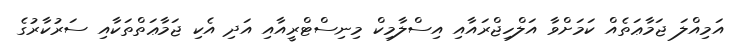
އަމިއްލަ ޖަމާޢަތެއް ކަމަށްވާ އަލްހިޖްރައާއި އިސްލާމިކް މިނިސްޓްރީއާއި އަދި އެކި ޖަމާޢަތްތަކާއި ސަރުކާރުގެ